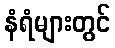
နံရံများတွင်